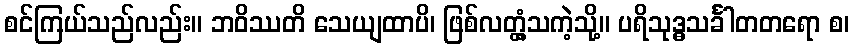
စင်ကြယ်သည်လည်း။ ဘဝိဿတိ သေယျထာပိ၊ ဖြစ်လတ္တံ့သကဲ့သို့။ ပရိသုဒ္ဓသင်္ခါတတရော စ၊